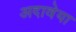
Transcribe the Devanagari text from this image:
अदावेया